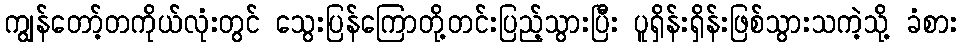
ကျွန်တော့်တကိုယ်လုံးတွင် သွေးပြန်ကြောတို့တင်းပြည့်သွားပြီး ပူရှိန်းရှိန်းဖြစ်သွားသကဲ့သို့ ခံစား